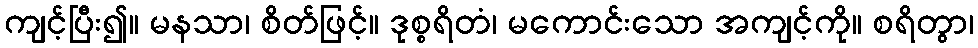
ကျင့်ပြီး၍။ မနသာ၊ စိတ်ဖြင့်။ ဒုစ္စရိတံ၊ မကောင်းသော အကျင့်ကို။ စရိတွာ၊